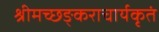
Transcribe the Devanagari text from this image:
श्रीमच्छङ्कराचार्यकृतं